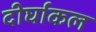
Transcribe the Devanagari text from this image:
दीर्घाकल